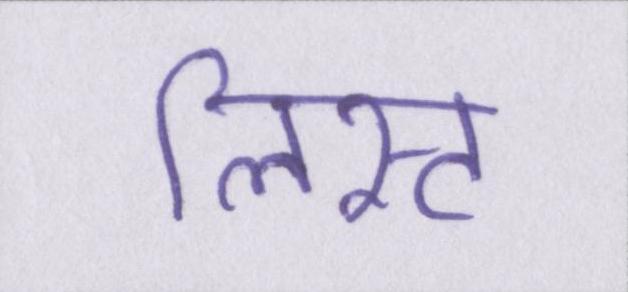
लिस्ट